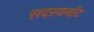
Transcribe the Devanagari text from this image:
सदस्यनॉट